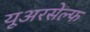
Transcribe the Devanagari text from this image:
यूअरसेल्फ